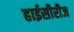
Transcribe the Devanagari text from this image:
हाईसीरीज